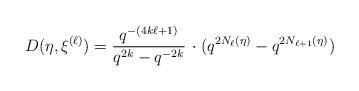
LaTeX: \begin{align*}D(\eta,\xi^{(\ell)}) = \frac{q^{-(4k\ell+1)}}{q^{2k}-q^{-2k}} \, \cdot (q^{2 N_\ell(\eta)}-q^{2 N_{\ell+1}(\eta)})\end{align*}